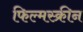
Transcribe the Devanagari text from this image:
फिल्मस्क्रीन